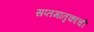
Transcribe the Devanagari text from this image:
सप्तमातृकांची